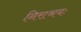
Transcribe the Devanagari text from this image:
निराश्रयः